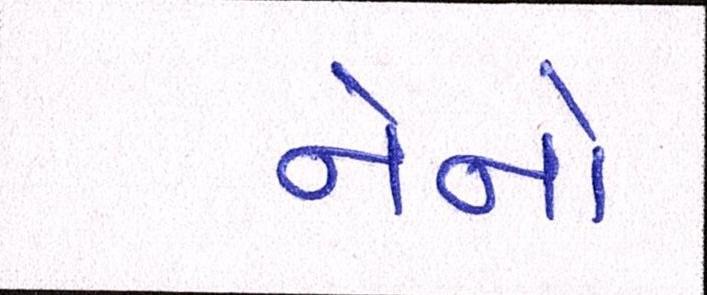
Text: નેનો